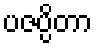
ပဇပ္ပိတာ